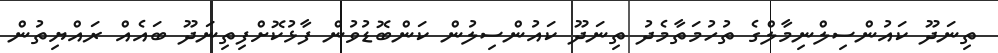
ތިނަދޫ ކައުންސިލްނިމާލްގެ ތުހުމަތާމެދު ތިނަދޫ ކައުންސިލުން ކަންބޮޑުވުން ފާޅުކޮށްފިތިނަދޫ ބައެއް ރައްޔިތުން